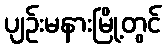
ပျဉ်းမနားမြို့တွင်